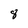
Character: 8